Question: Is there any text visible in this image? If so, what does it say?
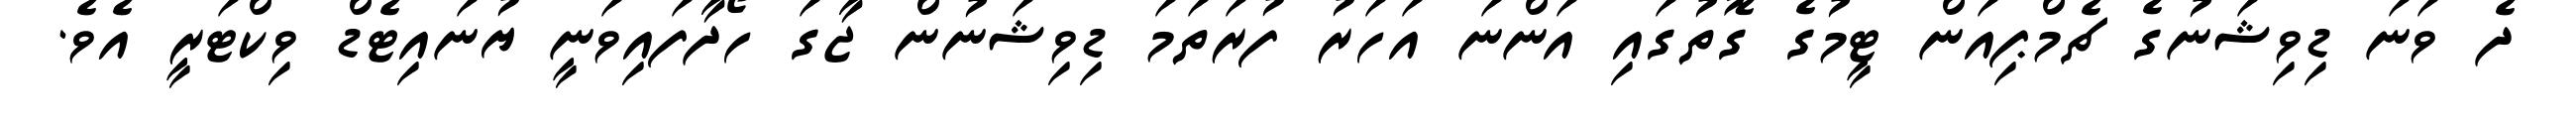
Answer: ދެ ވަނަ ޑިވިޝަނުގެ ޗެމްޕިއަން ޓީމުގެ ގޮތުގައި އަންނަ އަހަރު ފުރަތަމަ ޑިވިޝަނުން ޖާގަ ހޯދާފައިވަނީ ޔުނައިޓެޑް ވިކްޓަރީ އެވެ.